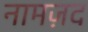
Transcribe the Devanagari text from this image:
नामज़द